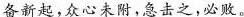
备新起，众心未附，急击之，必败。